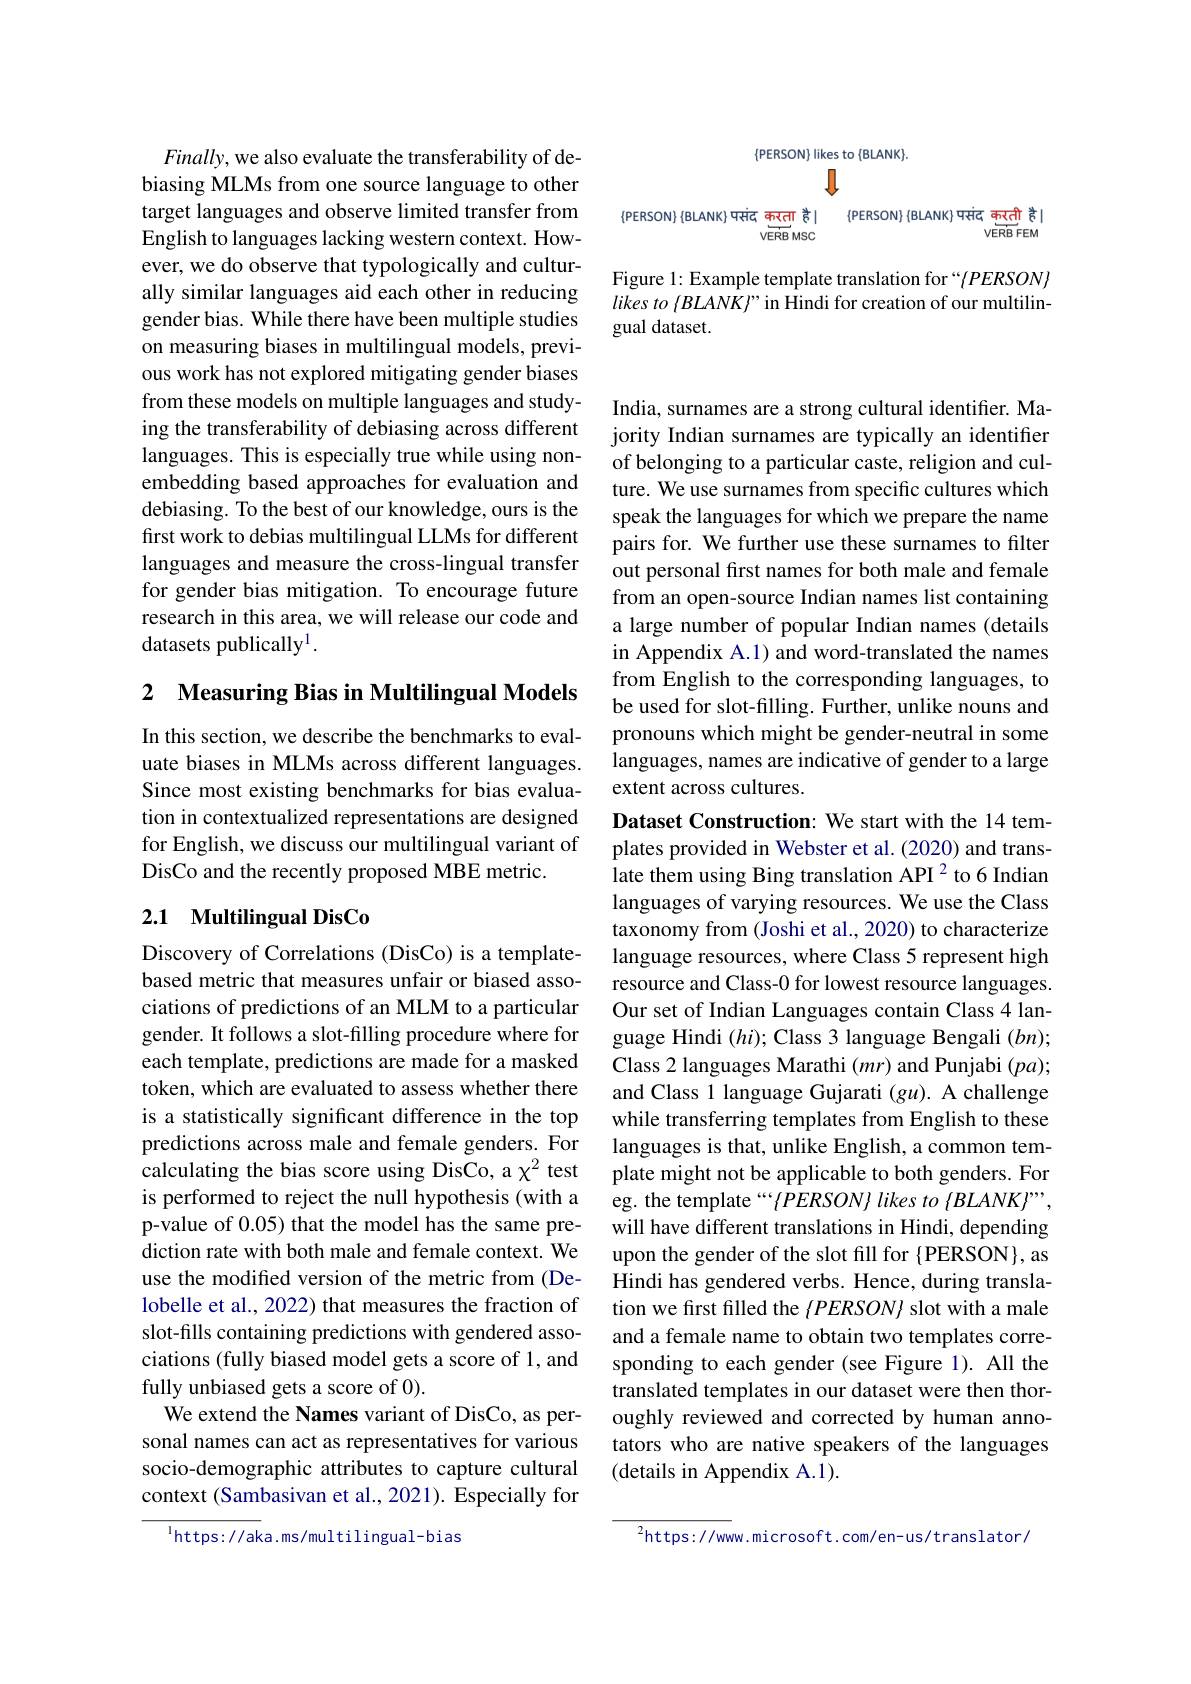
<FigureHere>

Figure 1: Example template translation for “(PERSON) likes to $\langle BLANK\rangle$" in Hindi for creation of our multilingual dataset.

$Finally$,we also evaluate the transferability of debiasing MLMs from one source language to other target languages and observe limited transfer from English to languages lacking western context. However, we do observe that typologically and culturally similar languages aid each other in reducing gender bias. While there have been multiple studies on measuring biases in multilingual models, previous work has not explored mitigating gender biases from these models on multiple languages and studying the transferability of debiasing across different languages. This is especially true while using nonembedding based approaches for evaluation and debiasing. To the best of our knowledge, ours is the first work to debias multilingual LLMs for different languages and measure the cross-lingual transfer for gender bias mitigation. To encourage future research in this area, we will release our code and datasets publically$^1.$

2 Measuring Bias in Multilingual Models

In this section, we describe the benchmarks to evaluate biases in MLMs across different languages. Since most existing benchmarks for bias evaluation in contextualized representations are designed for English, we discuss our multilingual variant of DisCo and the recently proposed MBE metric.

## 2.1 Multilingual DisCo

Discovery of Correlations (DisCo) is a templatebased metric that measures unfair or biased associations of predictions of an MLM to a particular gender. It follows a slot-filling procedure where for each template, predictions are made for a masked token, which are evaluated to assess whether there is a statistically significant difference in the top predictions across male and female genders. For calculating the bias score using DisCo, a $\chi^2$ test is performed to reject the null hypothesis (with a p-value of 0.05) that the model has the same prediction rate with both male and female context. We use the modified version of the metric from (Delobelle et al., 2022) that measures the fraction of slot-fills containing predictions with gendered associations (fully biased model gets a score of 1, and fully unbiased gets a score of 0).
We extend the Names variant of DisCo, as personal names can act as representatives for various socio-demographic attributes to capture cultural context (Sambasivan et al., 2021). Especially for

$^{\mathrm{l}}$https://aka.ms/multilingual-bias

India, surnames are a strong cultural identifier. Majority Indian surnames are typically an identifier of belonging to a particular caste, religion and culture. We use surnames from specific cultures which speak the languages for which we prepare the name pairs for. We further use these surnames to filter out personal first names for both male and female from an open-source Indian names list containing a large number of popular Indian names (details in Appendix A.1) and word-translated the names from English to the corresponding languages, to be used for slot-filling. Further, unlike nouns and pronouns which might be gender-neutral in some languages, names are indicative of gender to a large extent across cultures.

Dataset Construction: We start with the 14 templates provided in Webster et al. (2020) and translate them using Bing translation API 2 to 6 Indian languages of varying resources. We use the Class taxonomy from (Joshi et al., 2020) to characterize language resources, where Class 5 represent high resource and Class-0 for lowest resource languages. Our set of Indian Languages contain Class 4 language Hindi $(hi);$ Class 3 language Bengali $(bn);$ Class 2 languages Marathi $(mr)$ and Punjabi $(pa);$ and Class 1 language Gujarati $(gu).$ A challenge while transferring templates from English to these languages is that, unlike English, a common template might not be applicable to both genders. For eg. the template ““(PERSON) likes to (BLANK)””, will have different translations in Hindi, depending upon the gender of the slot fill for {PERSON}, as Hindi has gendered verbs. Hence, during translation we first filled the $\langle PERSON\rangle$ slot with a male and a female name to obtain two templates corresponding to each gender (see Figure 1). All the translated templates in our dataset were then thoroughly reviewed and corrected by human annotators who are native speakers of the languages (details in Appendix A.1).

$^2$https://www.microsoft.com/en-us/translator/